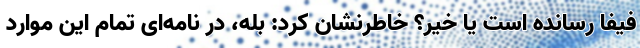
فیفا رسانده است یا خیر؟ خاطرنشان کرد: بله، در نامه‌ای تمام این موارد